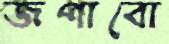
জপাবো